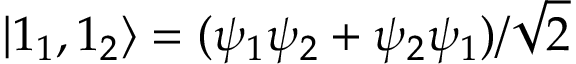
| 1 _ { 1 } , 1 _ { 2 } \rangle = ( \psi _ { 1 } \psi _ { 2 } + \psi _ { 2 } \psi _ { 1 } ) / { \sqrt { 2 } }